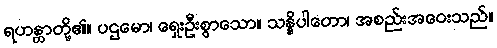
ရဟန္တာတို့၏။ ပဌမော၊ ရှေးဦးစွာသော။ သန္နိပါတော၊ အစည်းအဝေးသည်။